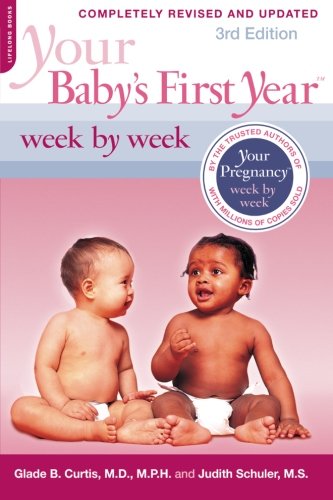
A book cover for Your Baby's First Year Week by Week; Glade B. Curtis; Parenting & Relationships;